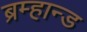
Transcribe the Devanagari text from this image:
ब्रम्हान्ड